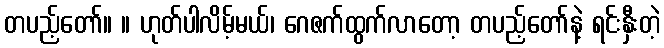
တပည့်တော်။ ။ ဟုတ်ပါလိမ့်မယ်၊ ဂေဇက်ထွက်လာတော့ တပည့်တော်နဲ့ ရင်းနှီးတဲ့